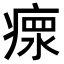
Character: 𤸄